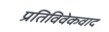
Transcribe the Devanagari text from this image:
प्रतिविवेकवाद